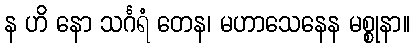
န ဟိ နော သင်္ဂရံ တေန၊ မဟာသေနေန မစ္စုနာ။